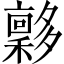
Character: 𡗋